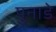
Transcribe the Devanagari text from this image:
पुनाडे